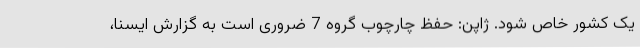
یک کشور خاص شود. ژاپن: حفظ چارچوب گروه 7 ضروری است به گزارش ایسنا،